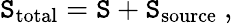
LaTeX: \mathtt{S}_{\mathrm{{total}}}=\mathtt{S}+\mathtt{S}_{\mathrm{{source}}}~,